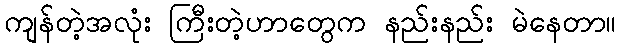
ကျန်တဲ့အလုံး ကြီးတဲ့ဟာတွေက နည်းနည်း မဲနေတာ။